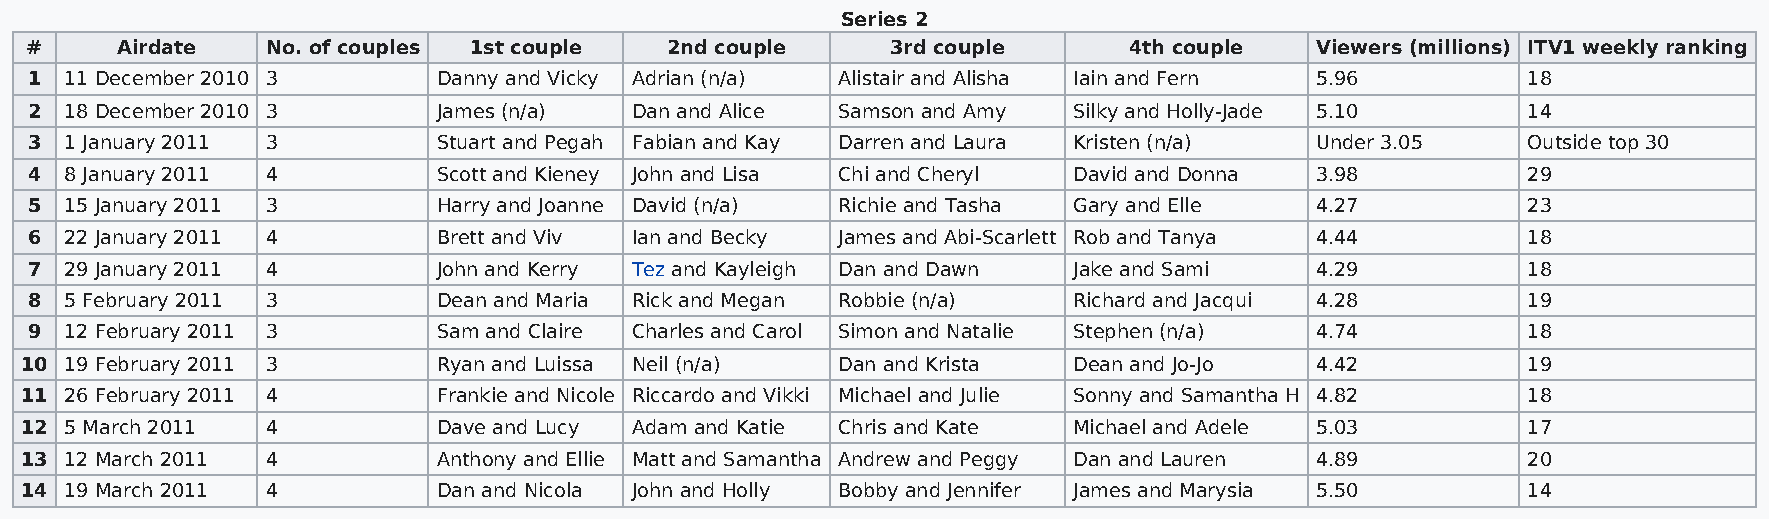
Series 2
 #     Airdate   No. of couples 1st couple 2nd couple     3rd couple      4th couple  Viewers (millions) ITV1 weekly ranking
 1 11 December 2010 3       Danny and Vicky Adrian (n/a) Alistair and Alisha Iain and Fern 5.96     18
 2 18 December 2010 3       James (n/a)  Dan and Alice Samson and Amy Silky and Holly-Jade 5.10     14
 3 1 January 2011 3         Stuart and Pegah Fabian and Kay Darren and Laura Kristen (n/a) Under 3.05 Outside top 30
 4 8 January 2011 4         Scott and Kieney John and Lisa Chi and Cheryl David and Donna 3.98      29
 5 15 January 2011 3        Harry and Joanne David (n/a) Richie and Tasha Gary and Elle 4.27        23
 6 22 January 2011 4        Brett and Viv Ian and Becky James and Abi-Scarlett Rob and Tanya 4.44   18
 7 29 January 2011 4        John and Kerry Tez and Kayleigh Dan and Dawn Jake and Sami 4.29         18
 8 5 February 2011 3        Dean and Maria Rick and Megan Robbie (n/a) Richard and Jacqui 4.28      19
 9 12 February 2011 3       Sam and Claire Charles and Carol Simon and Natalie Stephen (n/a) 4.74   18
 10 19 February 2011 3       Ryan and Luissa Neil (n/a) Dan and Krista Dean and Jo-Jo  4.42          19
 11 26 February 2011 4       Frankie and Nicole Riccardo and Vikki Michael and Julie Sonny and Samantha H 4.82 18
 12 5 March 2011  4          Dave and Lucy Adam and Katie Chris and Kate Michael and Adele 5.03      17
 13 12 March 2011 4          Anthony and Ellie Matt and Samantha Andrew and Peggy Dan and Lauren 4.89 20
 14 19 March 2011 4          Dan and Nicola John and Holly Bobby and Jennifer James and Marysia 5.50 14